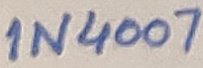
Text: 1N4007